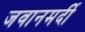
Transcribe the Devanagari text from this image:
जवानमर्दी